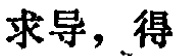
求导，得